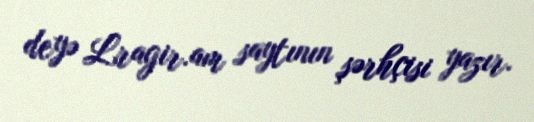
deyə Lragir.am saytının şərhçisi yazır.